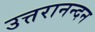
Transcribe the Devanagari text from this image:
उत्तरानन्दन